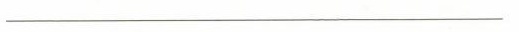
___